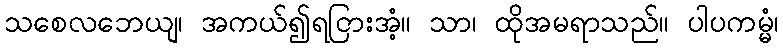
သစေလဘေယျ၊ အကယ်၍ရငြားအံ့။ သာ၊ ထိုအမရာသည်။ ပါပကမ္မံ၊